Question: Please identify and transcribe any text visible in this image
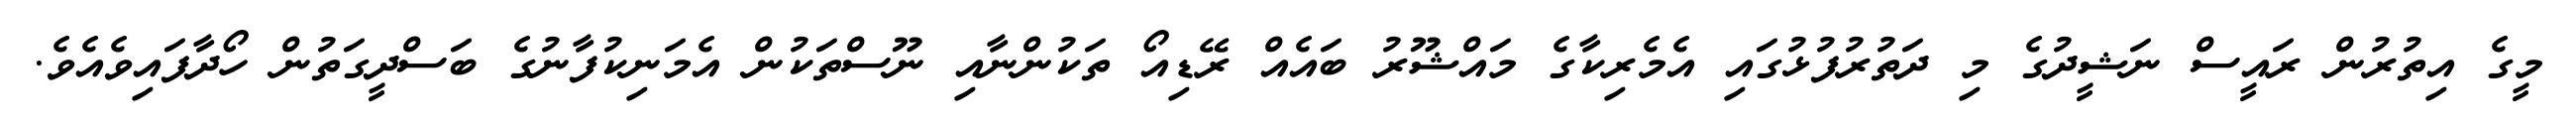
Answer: މީގެ އިތުރުން ރައީސް ނަޝީދުގެ މި ދަތުރުފުޅުގައި އެމެރިކާގެ މައްޝޫރު ބައެއް ރޭޑިއޯ ތަކުންނާއި ނޫސްތަކުން އެމަނިކުފާނުގެ ބަސްދީގަތުން ހޯދާފައިވެއެވެ.